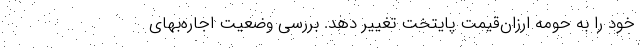
خود را به حومه ارزان‌‌قیمت پایتخت تغییر دهد. بررسی وضعیت اجاره‌‌بهای